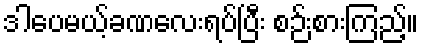
ဒါပေမယ့်ခဏလေးရပ်ပြီး စဉ်းစားကြည့်။